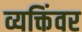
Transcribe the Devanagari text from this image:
व्यक्तिंवर